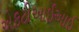
એફટીઆઈઆઈ